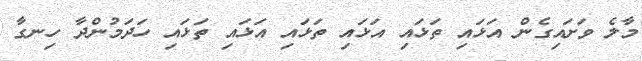
މާލެ ވަށައިގެން އަޅައި ތަޅައި އަޅައި ތަޅައި އަޅައި ތަޅައި ހަދަމުންދާ ހިނގާ